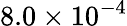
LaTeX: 8.0\times 10^{-4}